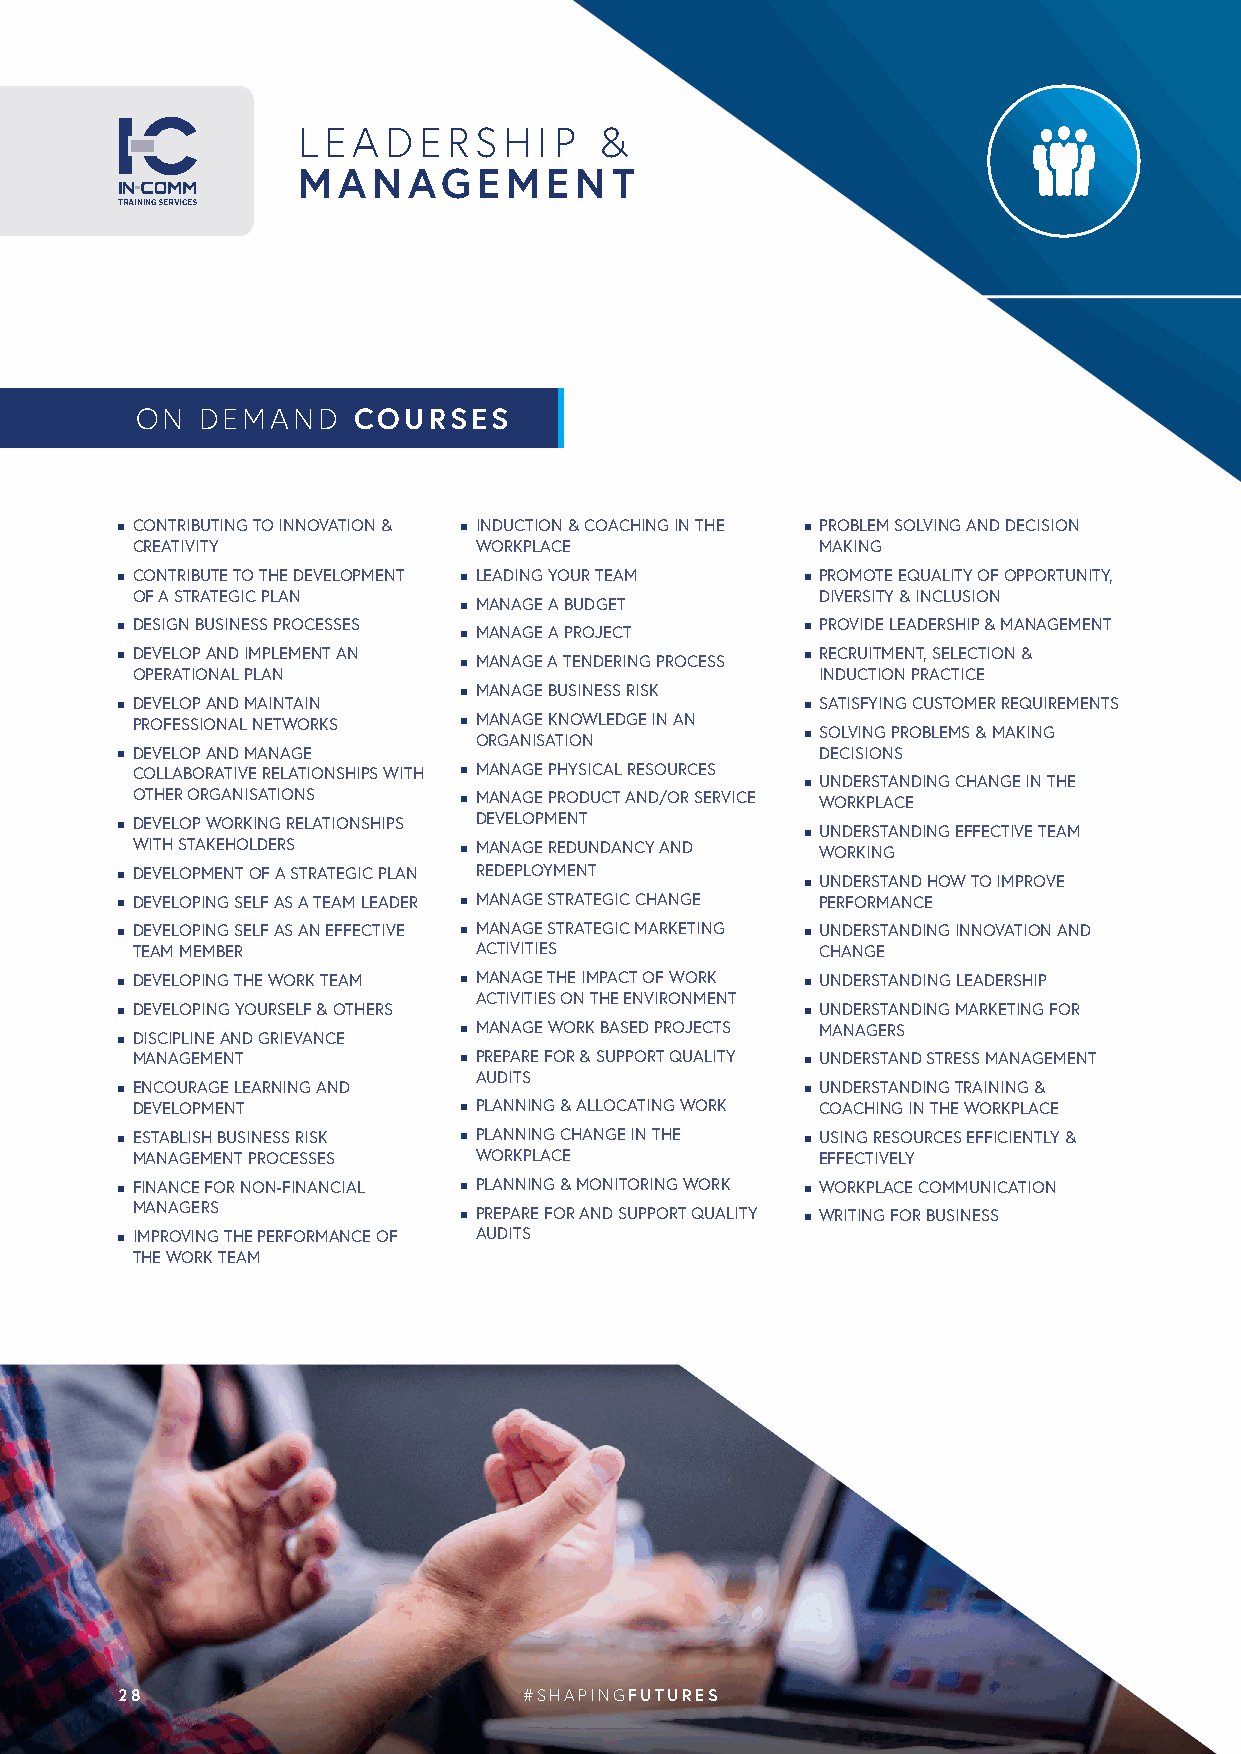
LEADERSHIP          &
 MANAGEMENT
 TRAINING SERVICES
 ON  DEMAND    COURSES
 n CONTRIBUTING TO INNOVATION & n INDUCTION & COACHING IN THE n PROBLEM SOLVING AND DECISION
 CREATIVITY             WORKPLACE             MAKING
 n CONTRIBUTE TO THE DEVELOPMENT n LEADING YOUR TEAM n PROMOTE EQUALITY OF OPPORTUNITY,
 OF A STRATEGIC PLAN                          DIVERSITY & INCLUSION
 n MANAGE A BUDGET
 n DESIGN BUSINESS PROCESSES n MANAGE A PROJECT n PROVIDE LEADERSHIP & MANAGEMENT
 n DEVELOP AND IMPLEMENT AN n MANAGE A TENDERING PROCESS n RECRUITMENT, SELECTION &
 OPERATIONAL PLAN                             INDUCTION PRACTICE
 n MANAGE BUSINESS RISK
 n DEVELOP AND MAINTAIN                       n SATISFYING CUSTOMER REQUIREMENTS
 PROFESSIONAL NETWORKS n MANAGE KNOWLEDGE IN AN
 ORGANISATION         n SOLVING PROBLEMS & MAKING
 n DEVELOP AND MANAGE                          DECISIONS
 COLLABORATIVE RELATIONSHIPS WITH n MANAGE PHYSICAL RESOURCES
 n UNDERSTANDING CHANGE IN THE
 OTHER ORGANISATIONS   n MANAGE PRODUCT AND/OR SERVICE WORKPLACE
 n DEVELOP WORKING RELATIONSHIPS DEVELOPMENT  n UNDERSTANDING EFFECTIVE TEAM
 WITH STAKEHOLDERS     n MANAGE REDUNDANCY AND WORKING
 n DEVELOPMENT OF A STRATEGIC PLAN REDEPLOYMENT n UNDERSTAND HOW TO IMPROVE
 n DEVELOPING SELF AS A TEAM LEADER n MANAGE STRATEGIC CHANGE PERFORMANCE
 n DEVELOPING SELF AS AN EFFECTIVE n MANAGE STRATEGIC MARKETING n UNDERSTANDING INNOVATION AND
 TEAM MEMBER            ACTIVITIES            CHANGE
 n DEVELOPING THE WORK TEAM n MANAGE THE IMPACT OF WORK n UNDERSTANDING LEADERSHIP
 ACTIVITIES ON THE ENVIRONMENT
 n DEVELOPING YOURSELF & OTHERS               n UNDERSTANDING MARKETING FOR
 n MANAGE WORK BASED PROJECTS MANAGERS
 n DISCIPLINE AND GRIEVANCE
 MANAGEMENT            n PREPARE FOR & SUPPORT QUALITY n UNDERSTAND STRESS MANAGEMENT
 AUDITS
 n ENCOURAGE LEARNING AND                     n UNDERSTANDING TRAINING &
 DEVELOPMENT           n PLANNING & ALLOCATING WORK COACHING IN THE WORKPLACE
 n ESTABLISH BUSINESS RISK n PLANNING CHANGE IN THE n USING RESOURCES EFFICIENTLY &
 MANAGEMENT PROCESSES   WORKPLACE             EFFECTIVELY
 n FINANCE FOR NON-FINANCIAL n PLANNING & MONITORING WORK n WORKPLACE COMMUNICATION
 MANAGERS              n PREPARE FOR AND SUPPORT QUALITY n WRITING FOR BUSINESS
 n IMPROVING THE PERFORMANCE OF AUDITS
 THE WORK TEAM
 28                         #SHAPINGFUTURES